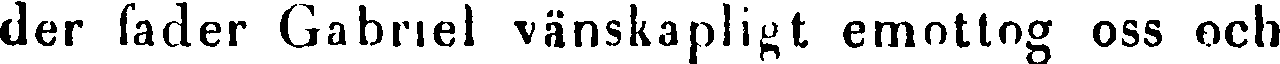
der fader Gabriel vänskapligt emottog oss och